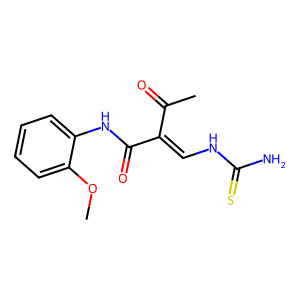
SMILES: COc1ccccc1NC(=O)C(=CNC(N)=S)C(C)=O
Inhibits HIV replication: No